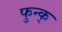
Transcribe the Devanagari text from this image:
फुन्क्